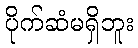
ပိုက်ဆံမရှိဘူး